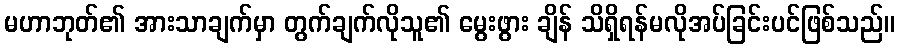
မဟာဘုတ်၏ အားသာချက်မှာ တွက်ချက်လိုသူ၏ မွေးဖွား ချိန် သိရှိရန်မလိုအပ်ခြင်းပင်ဖြစ်သည်။